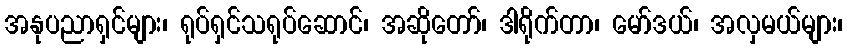
အနုပညာရှင်များ၊ ရုပ်ရှင်သရုပ်ဆောင်၊ အဆိုတော်၊ ဒါရိုက်တာ၊ မော်ဒယ်၊ အလှမယ်များ၊